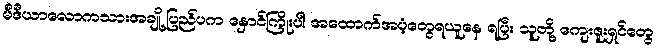
မီဒီယာလောကသားအချို့ ပြည်ပက နှောင်ကြိုးပါ အထောက်အပံ့တွေရယူနေ ရပြီး သူတို့ ကျေးဇူးရှင်တွေ